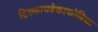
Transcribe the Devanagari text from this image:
ट्रिस्कायडेकाफोबिया